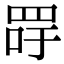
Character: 𦊯